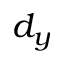
d _ { y }